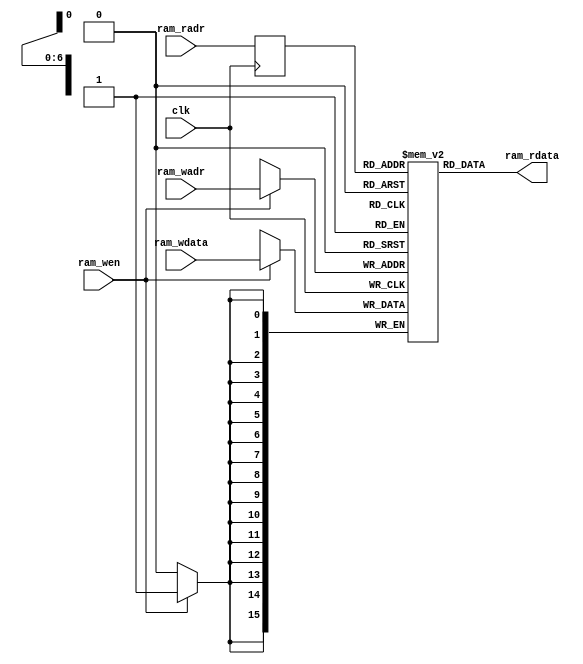
/*
 * My Systolic array
 *   ram for buffers
 *    Verilog code
 * @auther      Yoshiki Kurokawa <yoshiki.k963@gmail.com>
 * @copylight   2023 Yoshiki Kurokawa
 * @license     https://opensource.org/licenses/MIT     MIT license
 * @version     0.1
 */

module sbuf_1r1w(
	input clk,
	input [6:0] ram_radr,
	output [15:0] ram_rdata,
	input [6:0] ram_wadr,
	input [15:0] ram_wdata,
	input ram_wen
	);

// 16x1024 1r1w RAM
reg[15:0] ram[0:127];
reg[6:0] radr;

always @ (posedge clk) begin
	if (ram_wen)
		ram[ram_wadr] <= ram_wdata;
	radr <= ram_radr;
end

assign ram_rdata = ram[radr];

endmodule